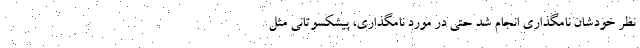
نظر خودشان نامگذاری انجام شد حتی در مورد نامگذاری، پیشکسوتانی مثل